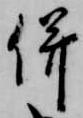
併